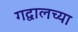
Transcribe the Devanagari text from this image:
गद्वालच्या